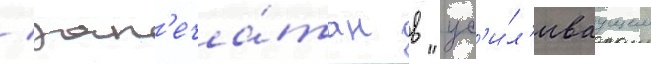
/ зап'еча́тан в "ус'и́л'иваущем